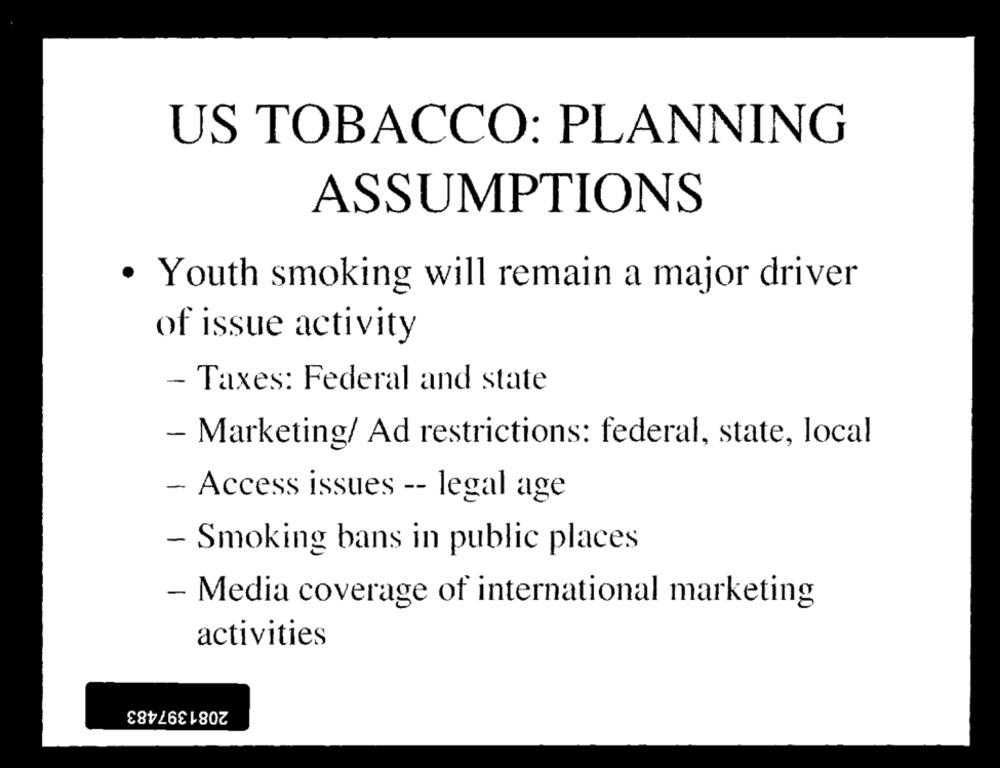
US TOBACCO: PLANNING
ASSUMPTIONS
· Youth smoking will remain a major driver
of issue activity
- Taxes: Federal and state
- Marketing/ Ad restrictions: federal, state, local
- Access issues -- legal age
- Smoking bans in public places
- Media coverage of international marketing
activities
2081397483